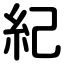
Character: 紀